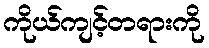
ကိုယ်ကျင့်တရားကို